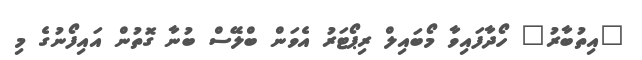
"އިތުބާރު" ހޯދާފައިވާ މޯބައިލް ރިޕޯޓަރު އެވަން ބްލޭސް ބުނާ ގޮތުން އައިފޯނުގެ މި